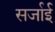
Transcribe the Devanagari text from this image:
सर्जाई